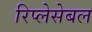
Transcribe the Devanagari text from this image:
रिप्लेसेबल